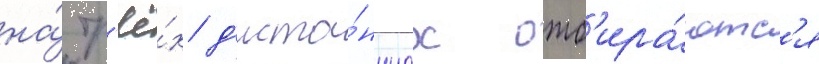
на́ тр'ё́х д'иста́нциах отб'ира́ютс'я